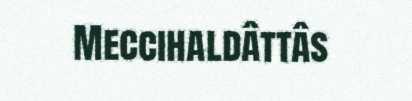
Meccihaldâttâs